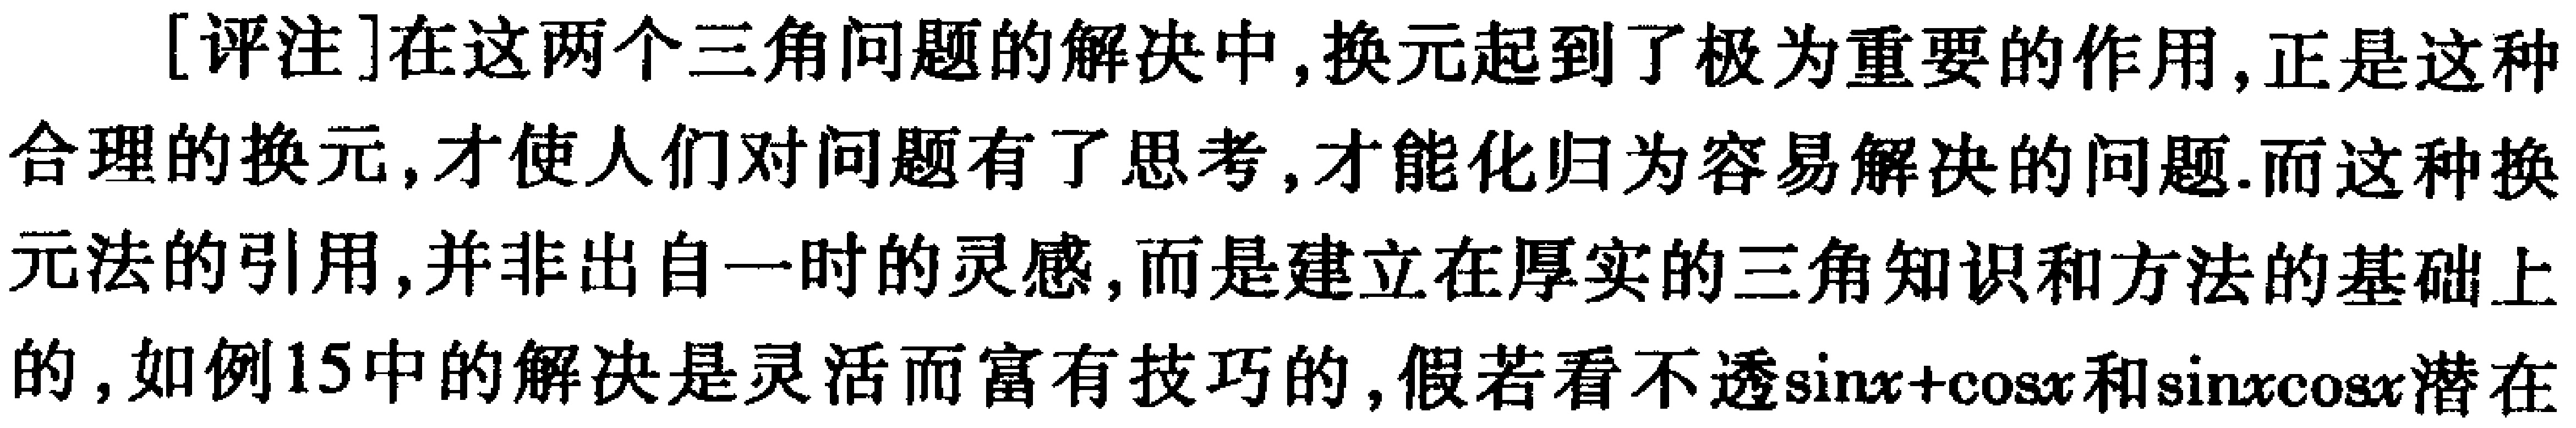
[评注]在这两个三角问题的解决中,换元起到了极为重要的作用,正是这种合理的换元,才使人们对问题有了思考,才能化归为容易解决的问题.而这种换元法的引用,并非出自一时的灵感,而是建立在厚实的三角知识和方法的基础上的,如例15中的解决是灵活而富有技巧的,假若看不透\(\sin x+\cos x\)和\(\sin x\cos x\)潜在